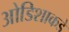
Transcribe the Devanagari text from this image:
ओडिशाकडे